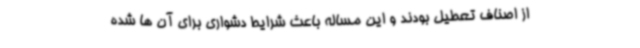
از اصناف تعطیل بودند و این مساله باعث شرایط دشواری برای آن ها شده